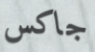
جاكس